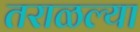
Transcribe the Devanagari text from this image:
तराळल्या